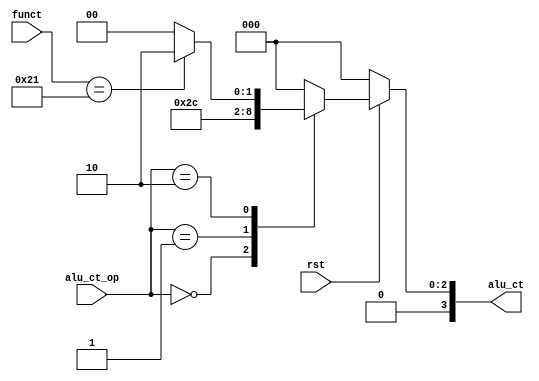
module ALUCt(
	input rst,
	input [5:0] funct,
	input [1:0] alu_ct_op,
	output reg [3:0] alu_ct
);
	always @(*) begin
		if (!rst)
			alu_ct <= 0;
		else begin
			case (alu_ct_op)
				2'b00: alu_ct <= 4'b0010;
				2'b01: alu_ct <= 4'b0110;
				2'b10: begin
					case (funct)
						6'b100001: alu_ct = 4'b0010;
						default: alu_ct = 0;
					endcase
				end
				default: alu_ct = 0;
			endcase
		end
	end

endmodule